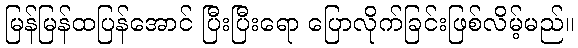
မြန်မြန်ထပြန်အောင် ပြီးပြီးရော ပြောလိုက်ခြင်းဖြစ်လိမ့်မည်။